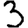
Digit: 3